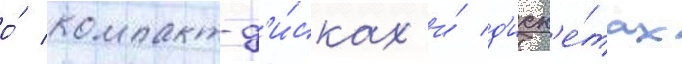
о́ компакт-д'и́сках и́ д'иск'е́тах